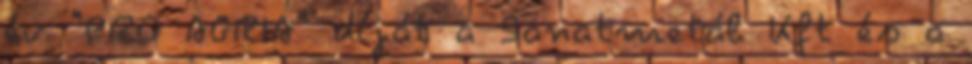
év "PRO AGRIA" díját a Sanatmetál Kft és a